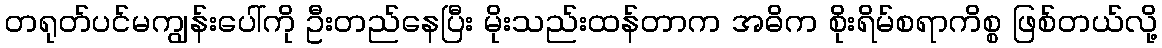
တရုတ်ပင်မကျွန်းပေါ်ကို ဦးတည်နေပြီး မိုးသည်းထန်တာက အဓိက စိုးရိမ်စရာကိစ္စ ဖြစ်တယ်လို့